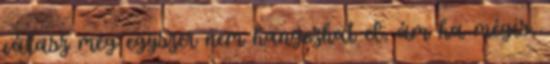
válasz még egyszer nem hangozhat el, ám ha mégis,